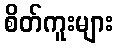
စိတ်ကူးများ